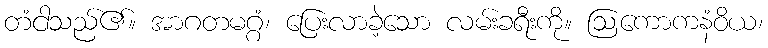
တံငါသည်၏။ အာဂတမဂ္ဂံ၊ ပြေးလာခဲ့သော လမ်းခရီးကို။ ဩကောကနံဝိယ၊